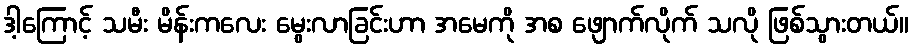
ဒါ့ကြောင့် သမီး မိန်းကလေး မွေးလာခြင်းဟာ အမေကို အစ ဖျောက်လိုက် သလို ဖြစ်သွားတယ်။